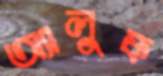
অ্যালুফ